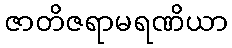
ဇာတိဇရာမရဏိယာ